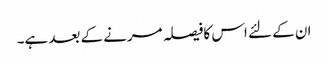
ان کے لئے اس کافیصلہ مرنے کے بعد ہے۔